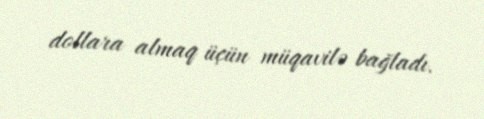
dollara almaq üçün müqavilə bağladı.